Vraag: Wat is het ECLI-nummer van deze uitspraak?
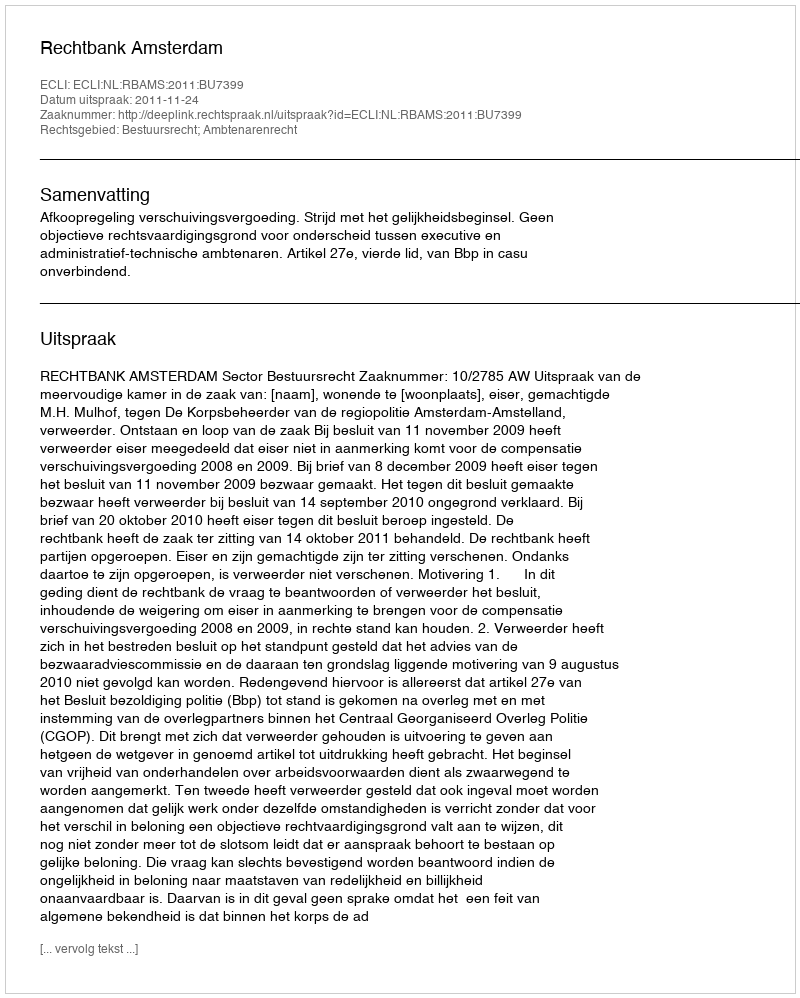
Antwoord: ECLI:NL:RBAMS:2011:BU7399